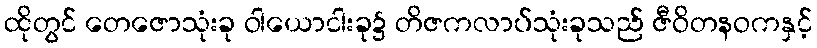
ထိုတွင် တေဇောသုံးခု ဝါယောငါးခု၌ တိဇကလာပ်သုံးခုသည် ဇီဝိတနဝကနှင့်